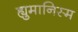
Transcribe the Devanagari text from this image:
ह्युमानिस्म